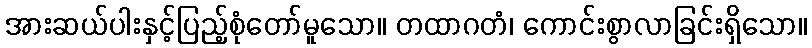
အားဆယ်ပါးနှင့်ပြည့်စုံတော်မူသော။ တထာဂတံ၊ ကောင်းစွာလာခြင်းရှိသော။